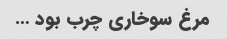
مرغ سوخاری چرب بود …